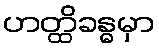
ဟတ္ထိခန္ဓမှာ